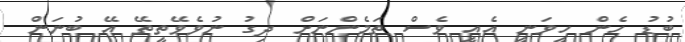
ބުޑު ހެން ހީވަނީ އެއީ ވެސް ތަމެންނަށް ދިގު ނުވެވޭތީތޭ އޭ ބުނަން